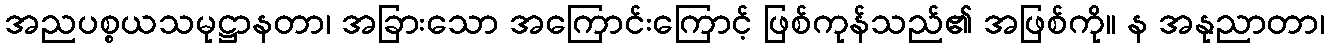
အညပစ္စယသမုဋ္ဌာနတာ၊ အခြားသော အကြောင်းကြောင့် ဖြစ်ကုန်သည်၏ အဖြစ်ကို။ န အနုညာတာ၊